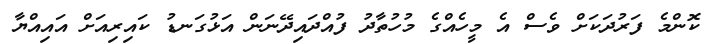
ކޮންމެ ފަރުދަކަށް ވެސް އެ މީހެއްގެ މުހުތާދު ފުއްދައިދޭނަން އަޅުގަނޑު ކައިރިއަށް އައިއްޔާ